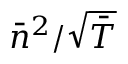
\bar { n } ^ { 2 } / \sqrt { \bar { T } }